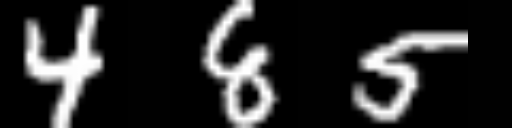
Text: 485